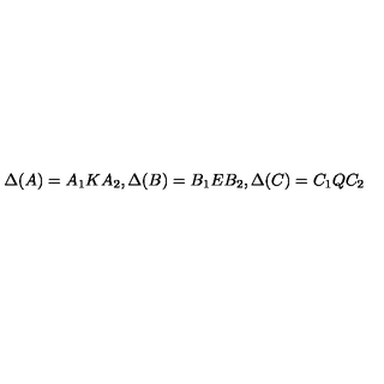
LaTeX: \Delta ( A ) = A _ { 1 } K A _ { 2 } , \Delta ( B ) = B _ { 1 } E B _ { 2 } , \Delta ( C ) = C _ { 1 } Q C _ { 2 }